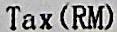
TAX (RM)